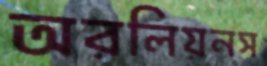
অরলিয়নস